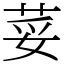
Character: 荽